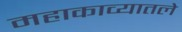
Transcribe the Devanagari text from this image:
महाकाव्यातले